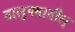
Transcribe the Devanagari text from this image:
तालुक्यातील्